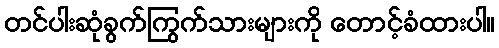
တင်ပါးဆုံခွက်ကြွက်သားများကို တောင့်ခံထားပါ။